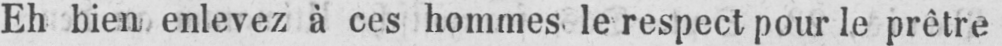
Eh bien enlevez à ces hommes le respect pour le prêtre